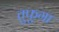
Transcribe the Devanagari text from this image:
तुफुगा